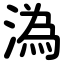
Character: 溈